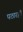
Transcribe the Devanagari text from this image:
पठारहैं।